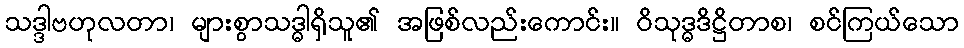
သဒ္ဒာဗဟုလတာ၊ များစွာသဒ္ဓါရှိသူ၏ အဖြစ်လည်းကောင်း။ ဝိသုဒ္ဓဒိဋ္ဌိတာစ၊ စင်ကြယ်သော